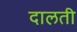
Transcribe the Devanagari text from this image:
दालती